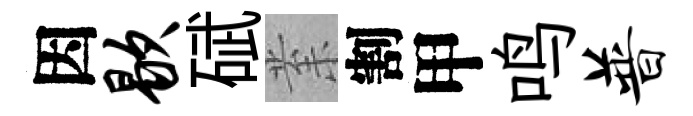
因歇碔𭪙割甲鸣普